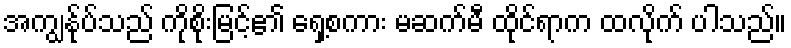
အကျွန်ုပ်သည် ကိုစိုးမြင့်၏ ရှေ့စကား မဆက်မီ ထိုင်ရာက ထလိုက် ပါသည်။